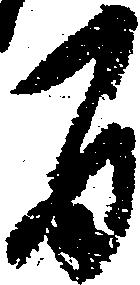
間